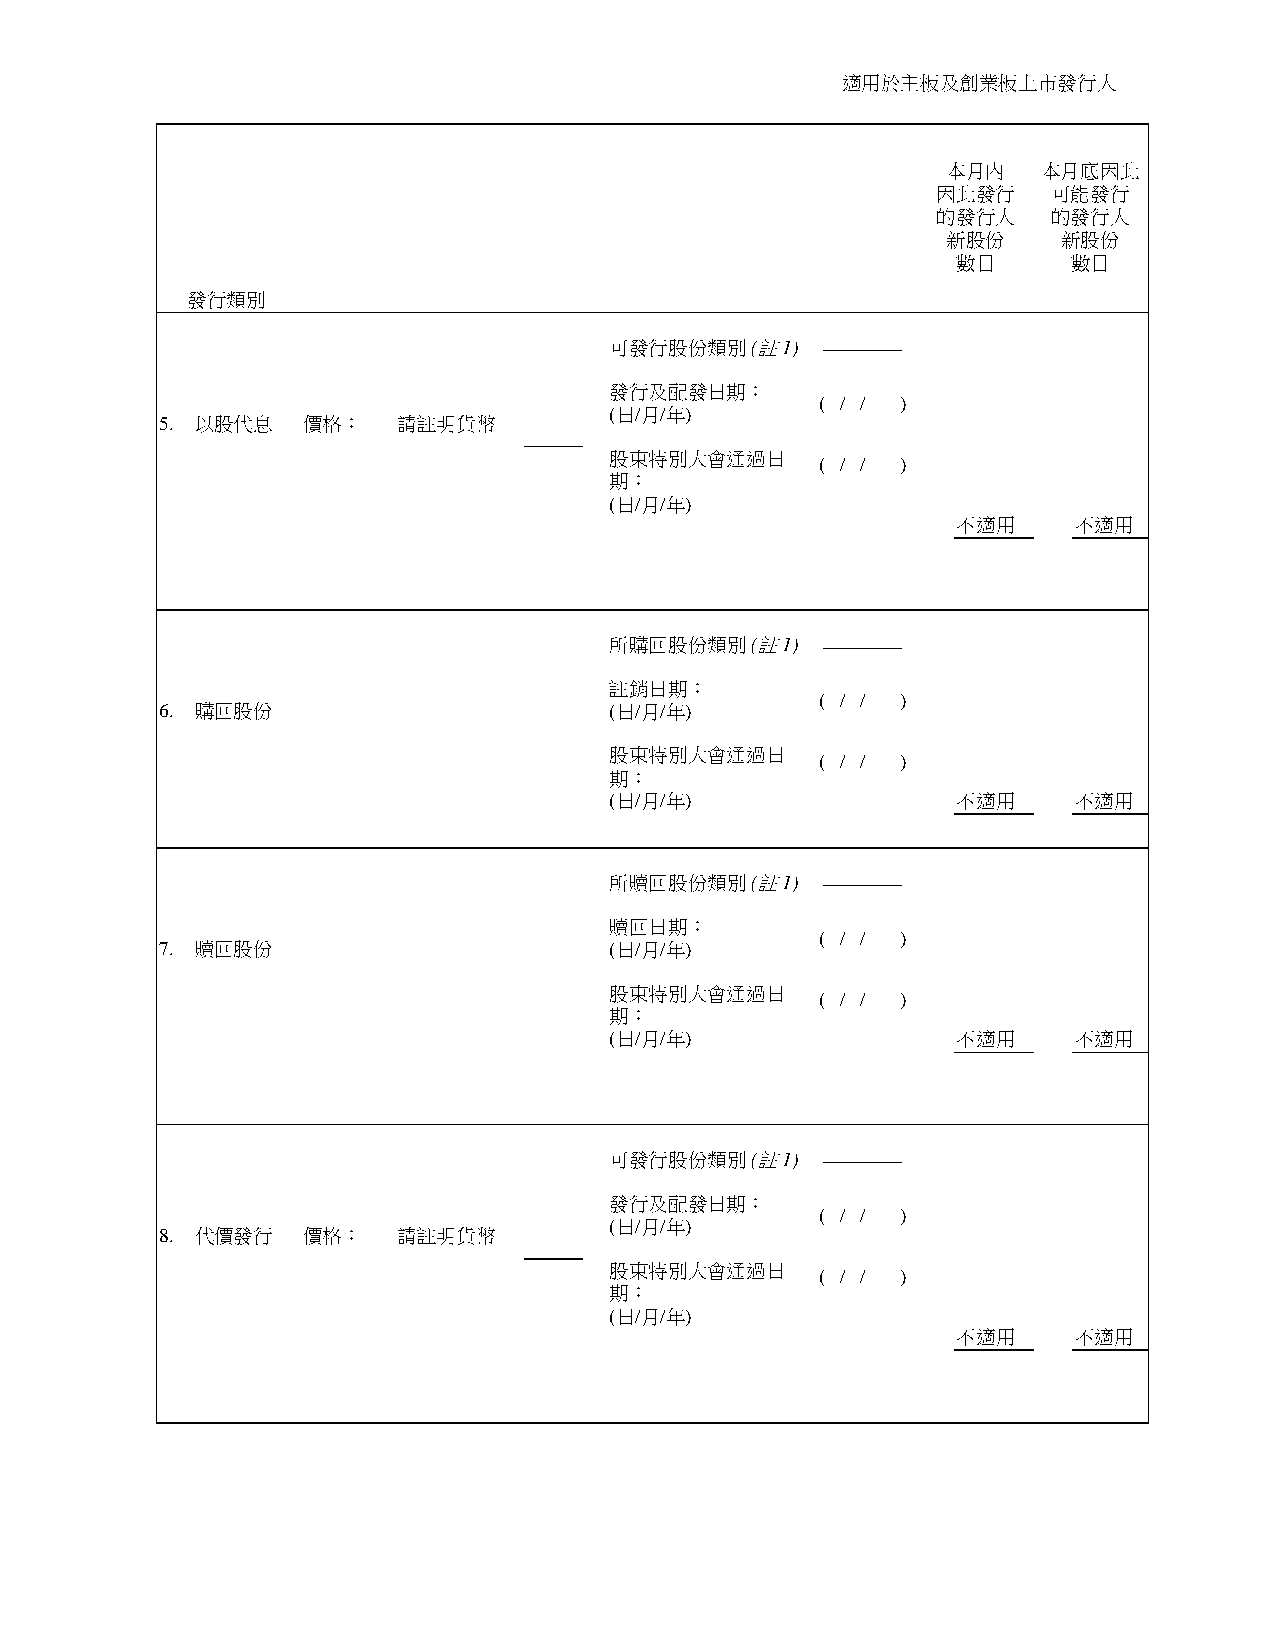
適用於主板及創業板上市發行人
 本月內   本月底因此
 因此發行    可能發行
 的發行人    的發行人
 新股份    新股份
 數目      數目
 發行類別
 可發行股份類別   (註1) ________
 發行及配發日期：
 ( / / )
 (日/月/年)
 5. 以股代息  價格：   請註明貨幣
 股東特別大會通過日
 ( / / )
 期：
 (日/月/年)
 不適用     不適用
 所購回股份類別   (註1) ________
 註銷日期：
 ( / / )
 6. 購回股份                      (日/月/年)
 股東特別大會通過日
 ( / / )
 期：
 (日/月/年)                不適用     不適用
 所贖回股份類別   (註1) ________
 贖回日期：
 ( / / )
 7. 贖回股份                      (日/月/年)
 股東特別大會通過日
 ( / / )
 期：
 (日/月/年)                不適用     不適用
 可發行股份類別   (註1) ________
 發行及配發日期：
 ( / / )
 (日/月/年)
 8. 代價發行  價格：   請註明貨幣
 股東特別大會通過日
 ( / / )
 期：
 (日/月/年)
 不適用     不適用